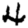
Digit: 4